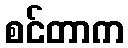
စင်တာက